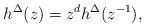
LaTeX: \begin{align*} h^\Delta(z) = z^{d} h^\Delta(z^{-1}),\end{align*}